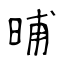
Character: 晡